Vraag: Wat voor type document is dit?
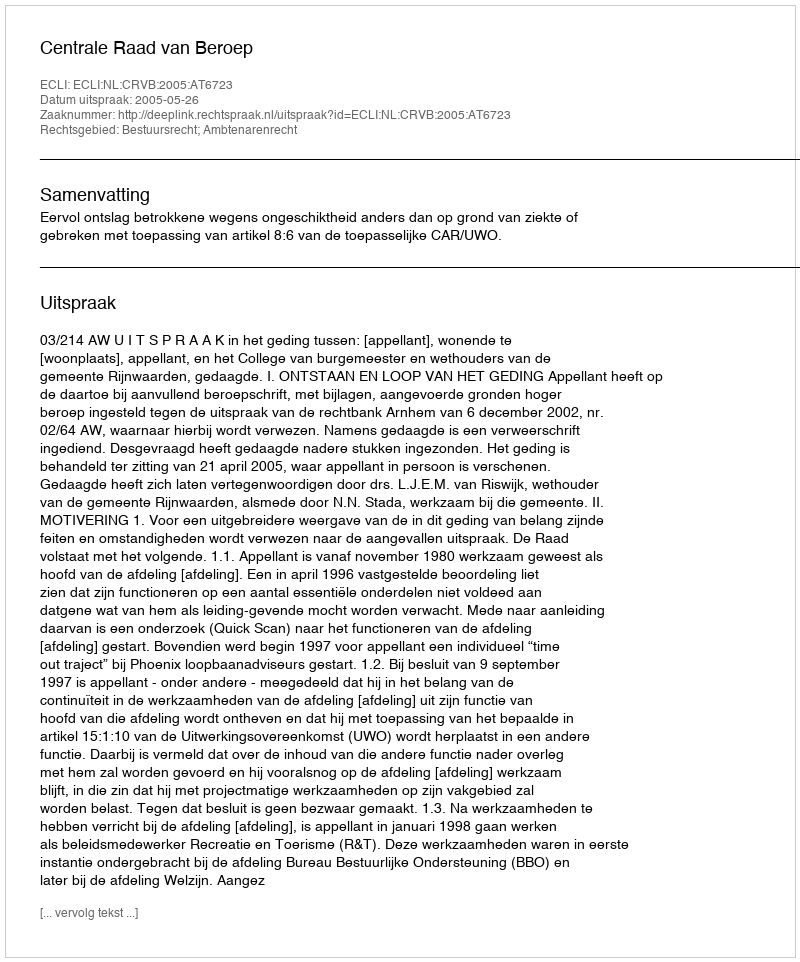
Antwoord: Uitspraak